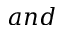
a n d